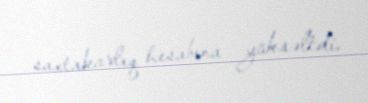
saxtakarlıq hesabına yüksəltdi.